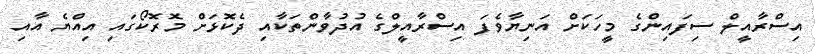
އިސްރާއީލް ސިފައިންގެ މީހަކަށް އަނިޔާވެފަ އިސްރާއީލްގެ އުދުވާންތަކާއި ދެކޮޅަށް މޮރޮކޯގައި އިއްޔެ އާއި